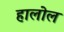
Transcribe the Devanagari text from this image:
हालोल